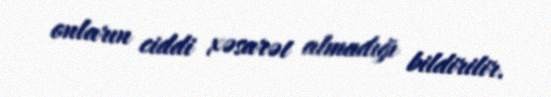
onların ciddi xəsarət almadığı bildirilir.